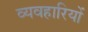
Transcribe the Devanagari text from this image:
व्यवहारियों